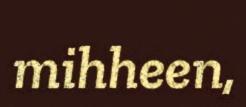
mihheen,